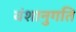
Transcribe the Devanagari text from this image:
वंशानुगति